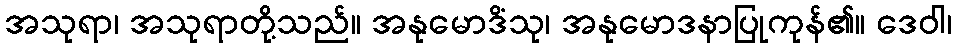
အသုရာ၊ အသုရာတို့သည်။ အနုမောဒိံသု၊ အနုမောဒနာပြုကုန်၏။ ဒေဝါ၊